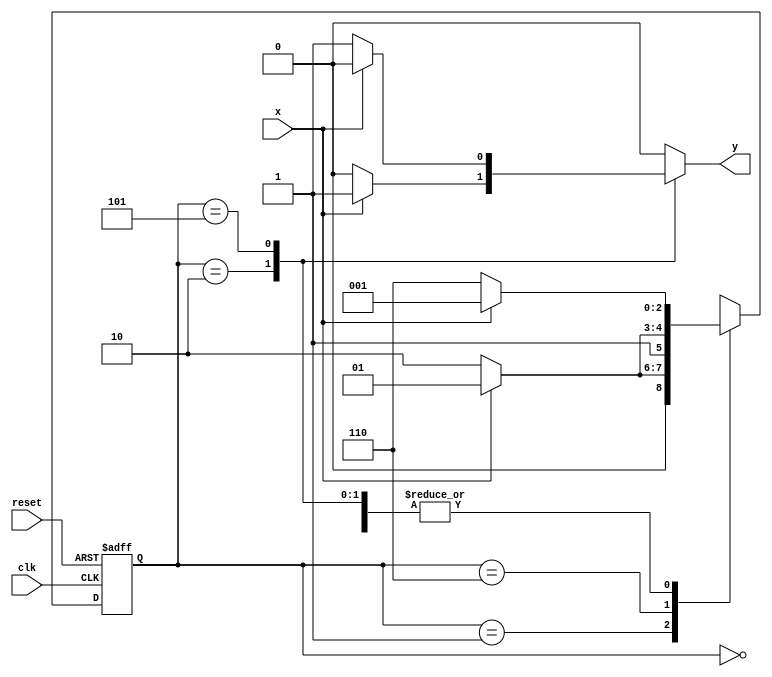
// ---------------------
// Guia 10_04 - Maquina de Estados Finitos
// Nome: Bruno Cezar Andrade Viallet
// ---------------------

//----------------------------
// constant definitions
//----------------------------
`define found    1
`define notfound 0

//----------------------------
//-- Module Maquina
//----------------------------
module Maquina111_000( y, x, clk, reset );

	output y;
	input  x;
	input  clk;
	input  reset;

	reg    y;

	parameter         // state identifiers 
		start  = 3'b000,
		id1    = 3'b001,
		id0    = 3'b110,
		id11   = 3'b010,
		id00   = 3'b101;

	reg [2:0] E1;	// current state variables
	reg [2:0] E2;	// next state logic output

	// next state logic
   always @( x or E1 )
		begin
		y = `notfound;

		case ( E1 )
			start:
				if ( x )
					E2 = id1;
				else
					E2 = id0;
				
			id1:
				if ( x )
					E2 = id1;
				else
					E2 = id11;

			id11:
				if ( x )
				begin
					E2 =  id1;
					y  = `found;
				end
				else
				begin
					E2 =  id0;
					y  = `notfound;
				end
			
			id0:
				if ( x )
					E2 = id00;
				else
					E2 = id0;

			id00:
				if ( x )
				begin
					E2 =  id1;
					y  = `notfound;
				end
				else
				begin
					E2 =  id0;
					y  = `found;
				end
	 
			default:   // undefined state
				E2 =  3'bxxx;
		endcase
	  
		end // always at signal or state changing
		

	// state variables
		always @( posedge clk or negedge reset )
		begin
			if ( reset )
				E1 = E2;    // updates current state
			else
				E1 = 0;     // reset
		end // always at signal changing

endmodule // Maquina111_000

module Exe04;
	
	reg   clk, reset, x;
	wire  m1;

	Maquina111_000 M4( m1, x, clk, reset );

	initial
	begin
		$display("Guia 10_04 - Bruno Cezar Andrade Viallet - 396679");
		$display("\nTempo\tX      Sequencia 111 e 000" );

	// initial values
       clk   = 1;
       reset = 0;
       x     = 0;

	// input signal changing
		#10   reset = 1;
		#10  x = 1;
		#10  x = 0;
		#10  x = 0;
		#10  x = 1;
		#10  x = 0;
		#10  x = 1;
		#10  x = 1;
		#10  x = 1;
		#10  x = 1;
		#10  x = 0;
		#10  x = 1;
		#10  x = 1;
		#10  x = 1;
		#10  x = 0;
		#10  x = 1;
		#10  x = 0;
		#10  x = 0;
		#10  x = 0;
		
		#5 $finish;
	
	end // initial

	always
		#5 clk = ~clk;

	always @( posedge clk )
	begin
		$display ( "%4d \t%b\t\t%b", $time, x, m1);
	end // always at positive edge clocking changing

endmodule